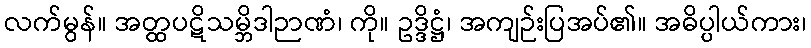
လက်မွန်။ အတ္ထပဋိသမ္ဘိဒါဉာဏံ၊ ကို။ ဥဒ္ဒိဋ္ဌံ၊ အကျဉ်းပြအပ်၏။ အဓိပ္ပါယ်ကား၊